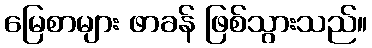
မြေစာများ ဖာခန် ဖြစ်သွားသည်။